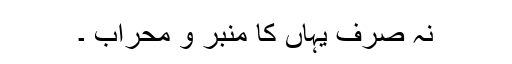
نہ صرف یہاں کا منبر و محراب ۔